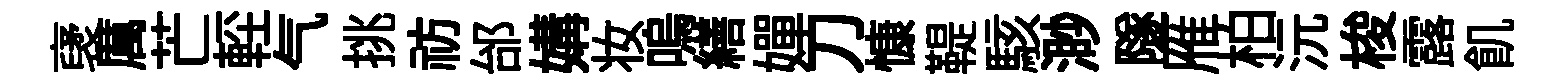
裦厲芒䡖气挑祊邰媾妆嗚繕嬋刀慷鞮駭渺隧雁柏沅梭露飢